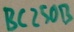
Text: BC250B